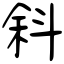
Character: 斜